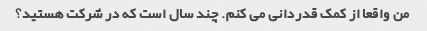
من واقعا از کمک قدردانی می کنم. چند سال است که در شرکت هستید؟